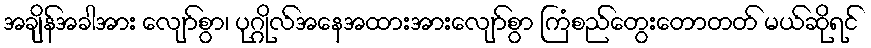
အချိန်အခါအား လျော်စွာ၊ ပုဂ္ဂိုလ်အနေအထားအားလျော်စွာ ကြံစည်တွေးတောတတ် မယ်ဆိုရင်